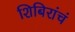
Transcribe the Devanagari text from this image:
शिबिरांचं